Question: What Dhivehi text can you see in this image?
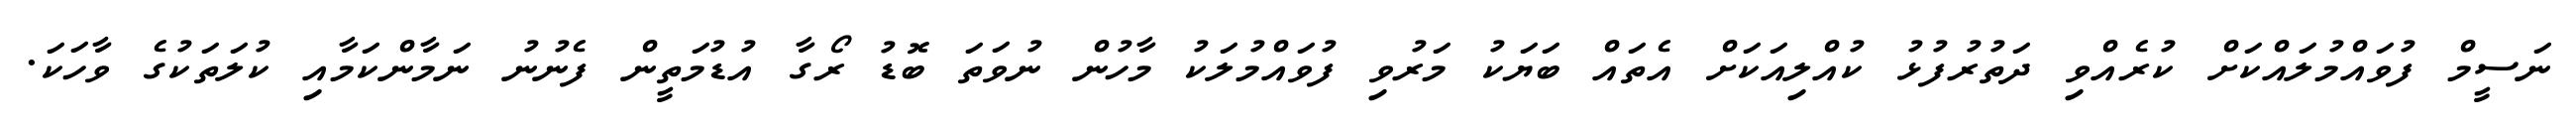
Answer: ނަސީމް ފުވައްމުލައްކަށް ކުރެއްވި ދަތުރުފުޅު ކުއްލިއަކަށް އެތައް ބަޔަކު މަރުވި ފުވައްމުލަކު މާހުން ނުވަތަ ބޮޑު ރޯގާ އުޑުމަތީން ފެނުނު ނަމާންކަމާއި ކުލަތަކުގެ ވާހަކަ.